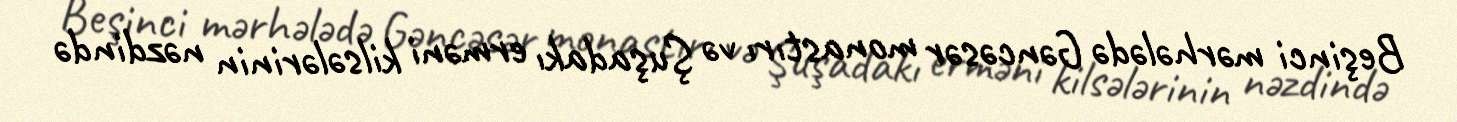
Beşinci mərhələdə Gəncəsər monastırı və Şuşadakı erməni kilsələrinin nəzdində